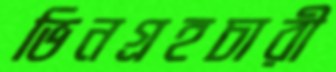
ভিনগ্রহচারী